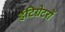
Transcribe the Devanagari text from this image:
इंटिग्रेटरों